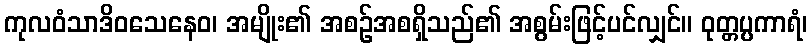
ကုလဝံသာဒိဝသေနေဝ၊ အမျိုး၏ အစဉ်အစရှိသည်၏ အစွမ်းဖြင့်ပင်လျှင်။ ဝုတ္တပ္ပကာရံ၊